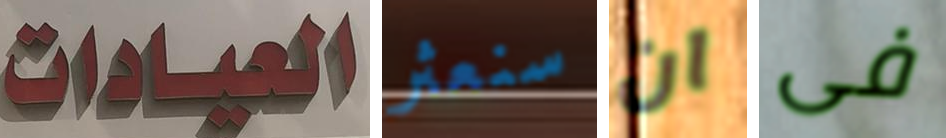
العيادات سنعثر ان فى